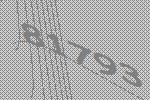
81793